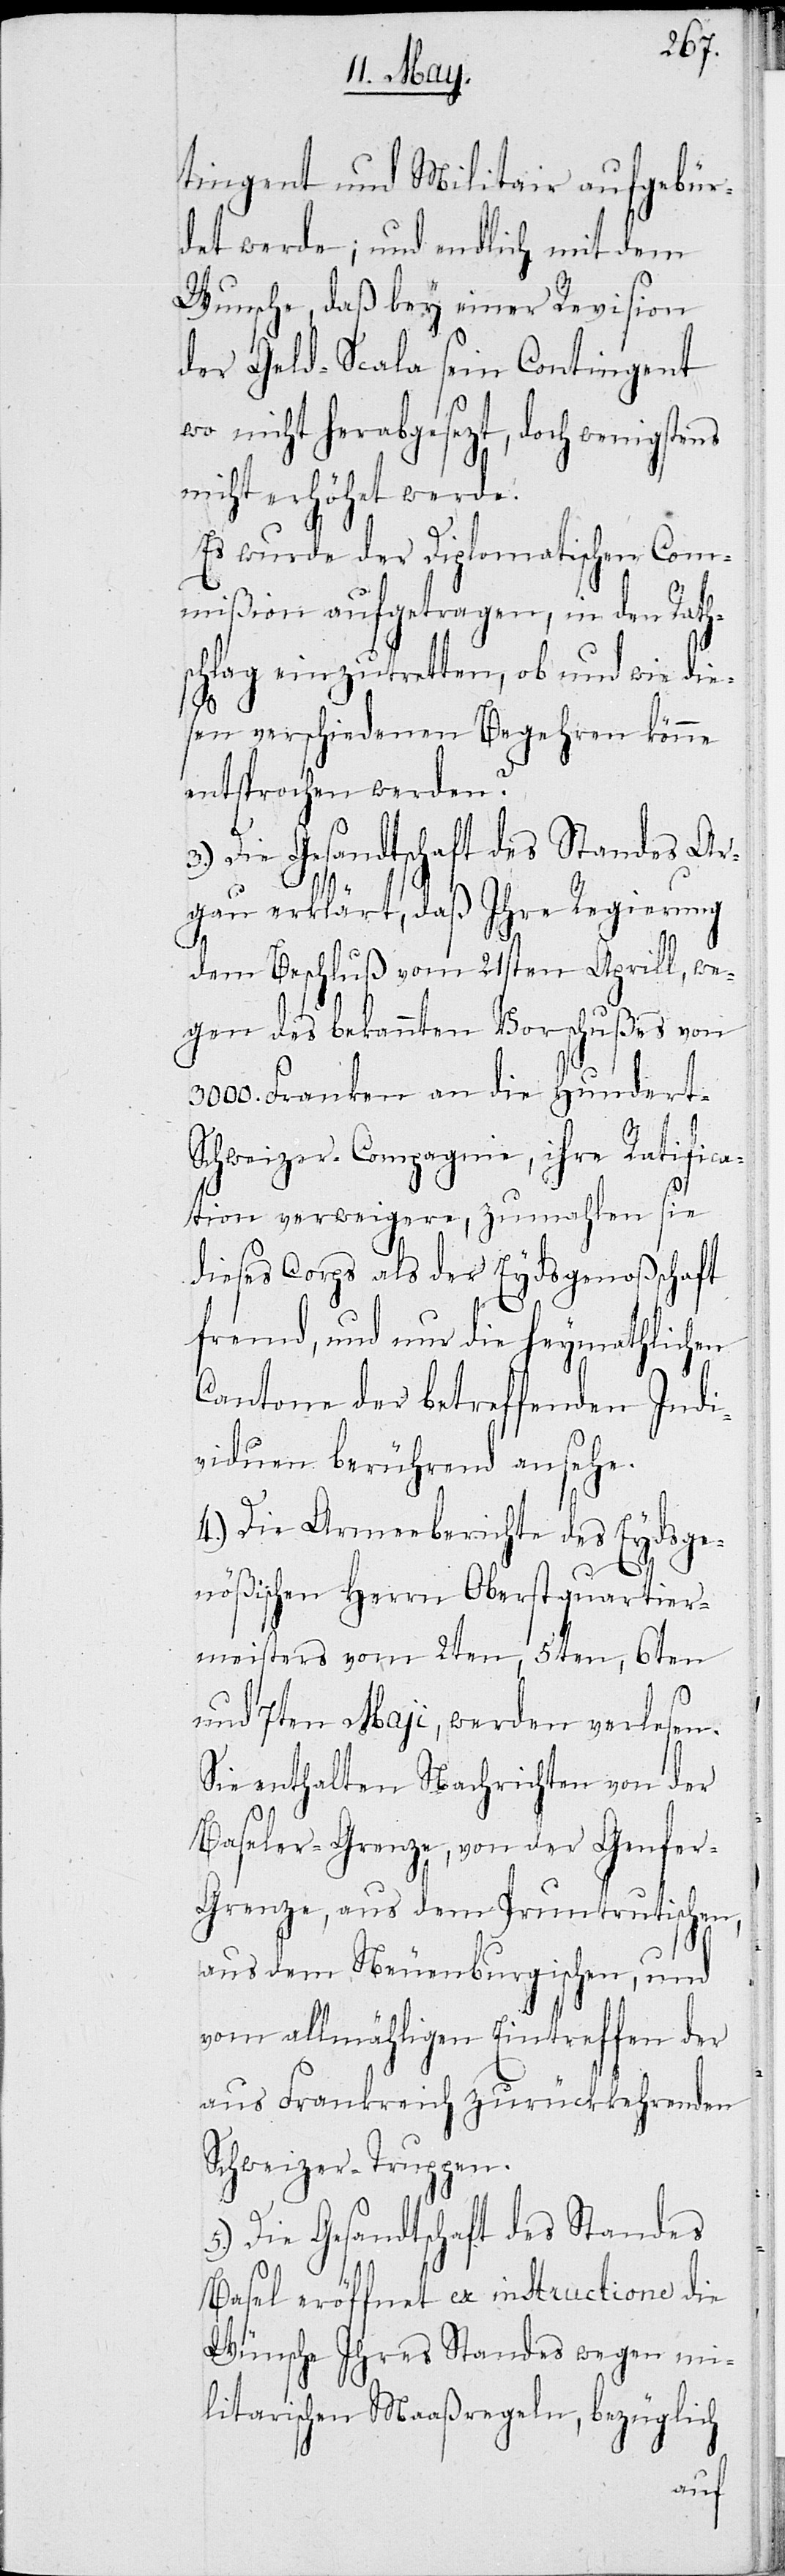
tingent und Militair aufgbür¬
det werde; und endlich mit dem
Wunsche, daß bey einer Revision
der Geld-Scala sein Contingent
wo nicht herabgesetzt, doch wenigste¬
nicht erhöht werde.
Es wurde der Diplomatischen Com¬
mißion aufgetragen, in den Rath¬
schlag einzutretten, ob und wie die¬
sen verschiedenen Begehren könne
entsprochen werden.
3.) Die Gesandtschaft des Standes Ar¬
gau erklärt, daß Ihre Regierung
dem Beschluß vom 21sten Aprill, we¬
gen des bekannten Vorschußes von
Franken an die Hundert-S¬
chweizer-Compagnie, ihre Ratifica¬
tion verweigere, zumahlen sie
dieses Corps als der Eydsgenoßenschaft
fremd, und nur die heymathlichen
Cantone der betreffenden Indi¬
viduen berührend ansehe.
4.) Die Armeeberichte des Eydsge¬
nößischen Herrn Oberstquartier¬
meisters vom 2ten, 5ten, 6ten
und 7ten Maji, wurden verlesen.
Sie enthalten Nachrichten von der
Basler-Grenze, von der Genfer-G¬
renze, aus dem Pruntrutischen,
aus dem Neuenburgischen, und
vom allmähligen Eintreffen der
aus Frankreich zurückkehrenden
Schweizer-Trupen.
5.) Die Gesandtschaft des Standes
ns
Basel eröffnet ex instructione die
Wünsche ihres Standes wegen mi¬
litarischen Maaßregeln, bezüglich